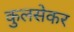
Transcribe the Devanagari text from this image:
कुलसेकर